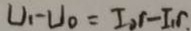
U _ { 1 } - U _ { 0 } = I _ { o } r - I _ { 1 } r